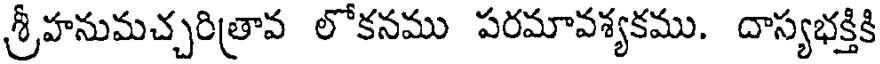
శ్రీహనుమచ్చరిత్రావ లోకనము పరమావశ్యకము. దాస్యభక్తికి